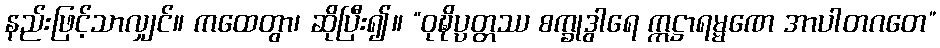
နည်းဖြင့်သာလျှင်။ ကထေတွာ၊ ဆိုပြီး၍။ “ဝုဍ္ဎိပ္ပတ္တဿ စက္ခုဒွါရေ ဣဋ္ဌာရမ္မဏေ အာပါတဂတေ”